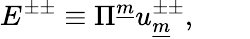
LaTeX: E^{\pm\pm}\equiv\Pi^{\underline{{{m}}}}u_{\underline{{{m}}}}^{\pm\pm},\qquad